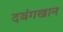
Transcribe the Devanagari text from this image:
दबंगखान